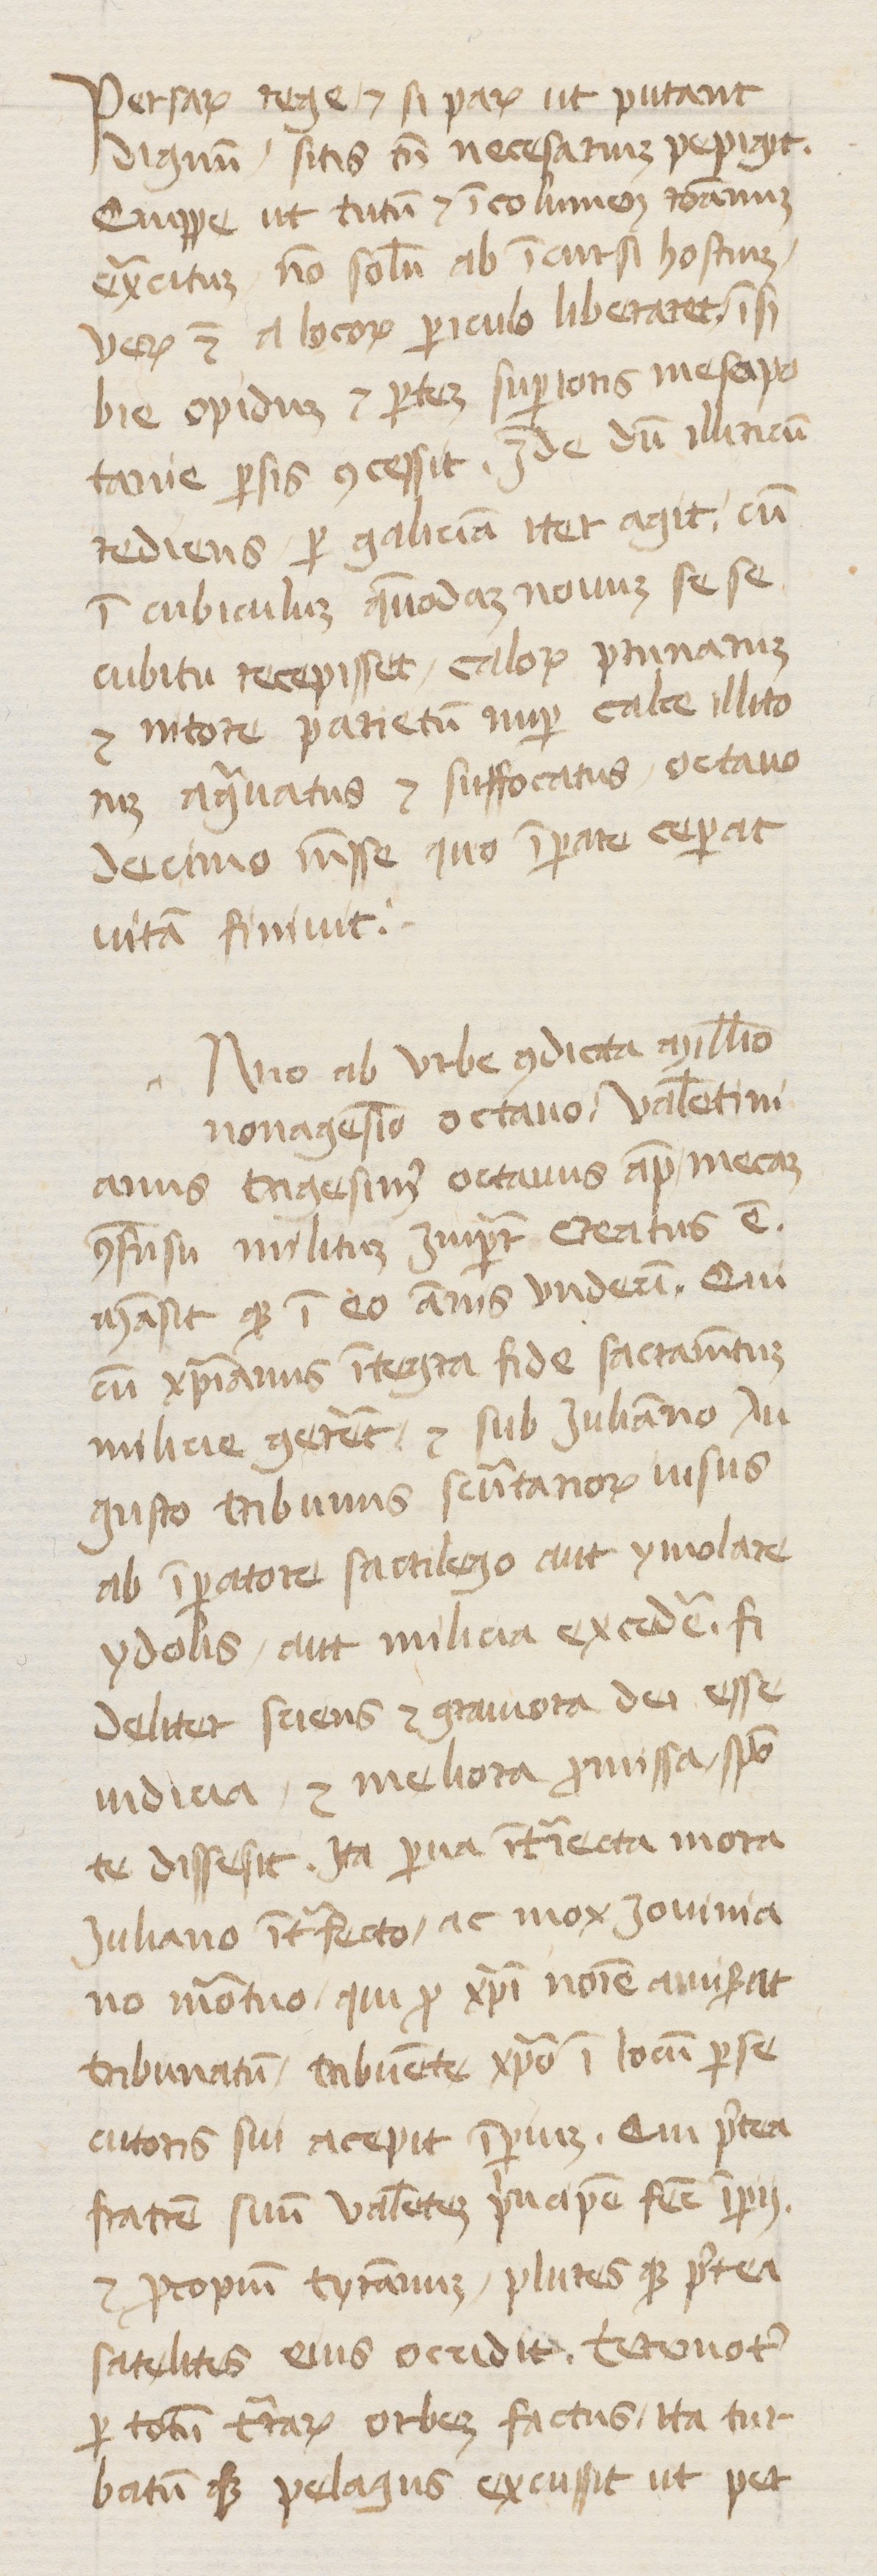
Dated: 1400–1415